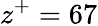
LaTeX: z^{+}=67